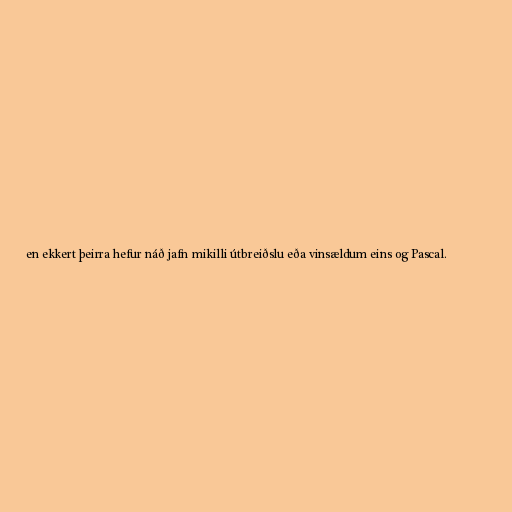
en ekkert þeirra hefur náð jafn mikilli útbreiðslu eða vinsældum eins og Pascal.